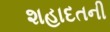
શહાદતની